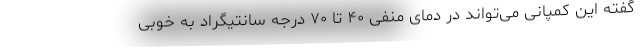
گفته این کمپانی می‌تواند در دمای منفی ۴۰ تا ۷۰ درجه سانتیگراد به خوبی